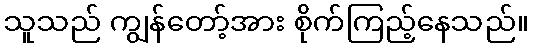
သူသည် ကျွန်တော့်အား စိုက်ကြည့်နေသည်။